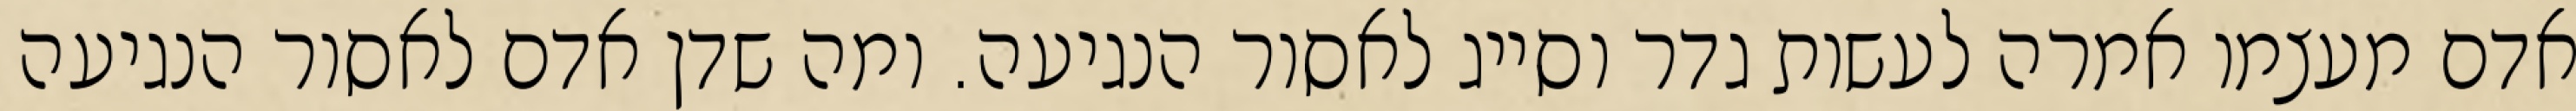
אדם מעצמו אמרה לעשות גדר וסייג לאסור הנגיעה. ומה שדן אדם לאסור הנגיעה